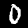
Label: 0